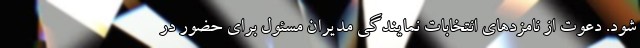
شود. دعوت از نامزدهای انتخابات نمایندگی مدیران مسئول برای حضور در